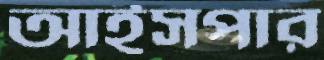
আইসপার